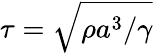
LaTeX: \tau=\sqrt{\rho a^{3}/\gamma}